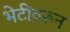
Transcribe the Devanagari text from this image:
भेटींवरून